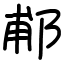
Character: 郙